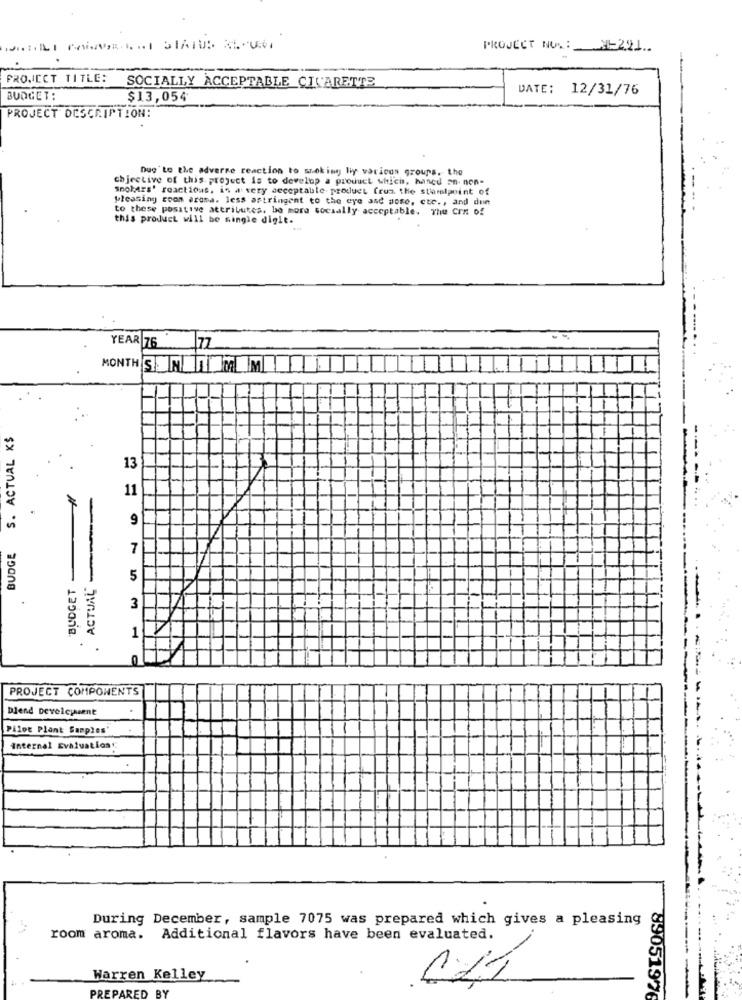
PROJECT NOX: _ 2-221 ..
PROJECT TITLE:
SOCIALLY ACCEPTABLE CIGARETTE
DATE: 12/31/76
BUDGET:
$13,054
PROJECT DESCRIPTION:
Due to the adverse reaction to smoking by various groups. the
chjective of this project is to develop a product which, haned an. non-
Spolars' reactions, is a very acceptable product from the staralpoint of
pleasing room aroma. less astringent to the eye and more, etc ., and dun
to these positive attributes. be more socially acceptable. The Crx of
this product will be single digit.
YEAR 76
77
MONTH S.NIMM
S. ACTUAL K$
13
11
ACTUAL
9
BUDGE
7
BUDGET
5
3
PH
1
PROJECT COMPONENTS
blend Develcpusent
Pilot Plant Samples"
Internal Evaluation
During December, sample 7075 was prepared which gives a pleasing
room aroma. Additional flavors have been evaluated.
Warren Kelley
PREPARED BY
89051976